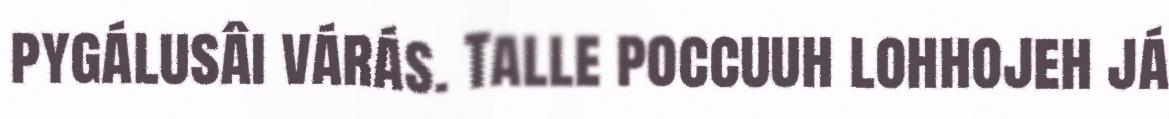
pygálusâi várás. Talle poccuuh lohhojeh já